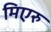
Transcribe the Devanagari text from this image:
मिएरु